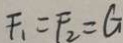
F _ { 1 } = F _ { 2 } = G